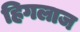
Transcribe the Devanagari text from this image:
हिगलाज